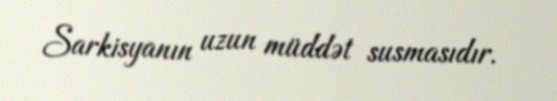
Sarkisyanın uzun müddət susmasıdır.